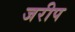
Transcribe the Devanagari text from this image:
जरीप